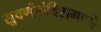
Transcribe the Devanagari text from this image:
सुवर्णमंदिरामध्ये